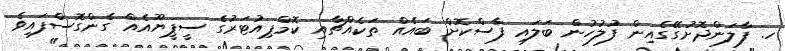
ހ. ފާލަންދޮށުގޭގެއިން ފުލުހުން ބަލައި ފާސްކޮށް ބައެއް ތަކެއްޗާއި ކޮމްޕިއުޓަރުގެ ސީޕީޔޫއެއް ގެންގޮސްފައިވެ